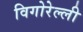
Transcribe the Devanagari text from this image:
विगोरेल्ली